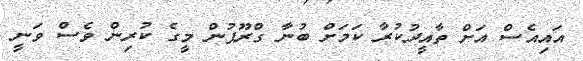
އައިއެސް އަށް ތާއީދުކުރާ ކަމަށް ބުނާ ގްރޫޕުން މީގެ ކުރިން ވެސް ވަނީ